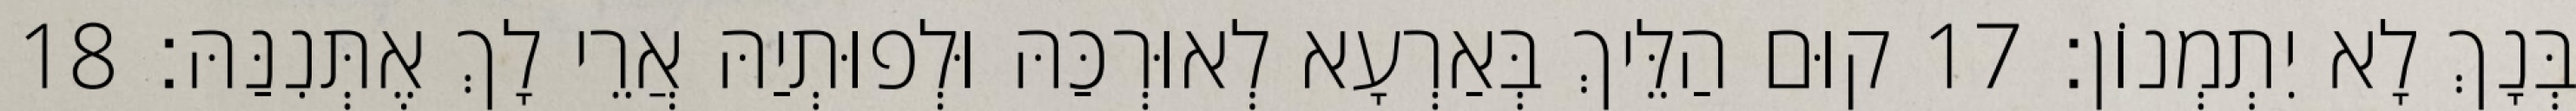
בְּנָךְ לָא יִתְמְנוֹן׃ 17 קוּם הַלֵּיךְ בְּאַרְעָא לְאוּרְכַּהּ וּלְפוּתְיַהּ אֲרֵי לָךְ אֶתְּנִנַּהּ׃ 18